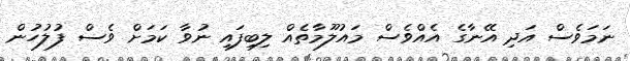
ނަމަވެސް އަދި އޭނާގެ އެއްވެސް މައުލޫމާތެއް ލިބިފައި ނުވާ ކަމަށް ވެސް ފުލުހުން